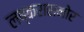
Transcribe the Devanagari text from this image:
लष्करासमोर